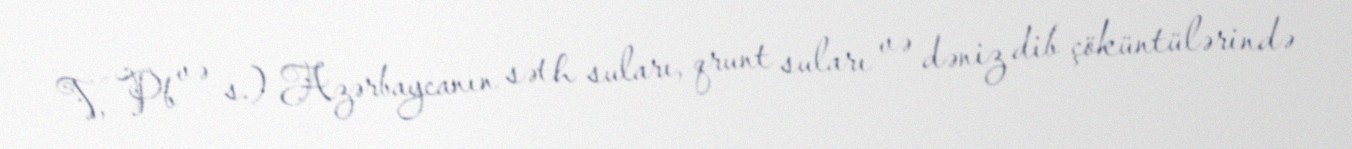
V, Pb və s.) Azərbaycanın səth suları, qrunt suları və dəniz dib çöküntülərində